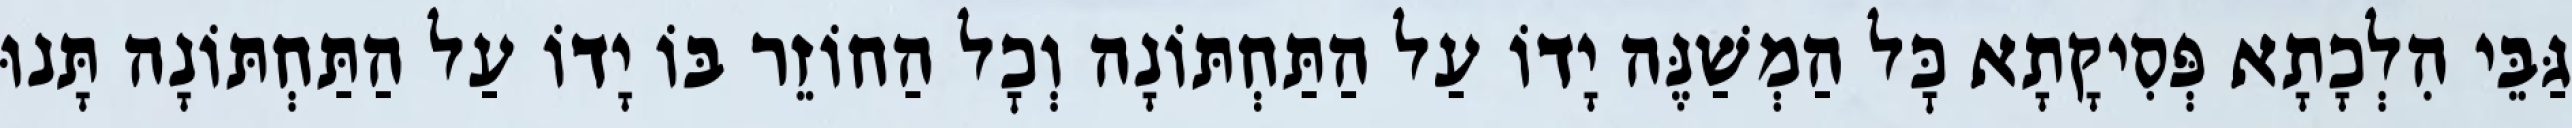
גַּבֵּי הִלְכָתָא פְּסִיקָתָא כׇּל הַמְשַׁנֶּה יָדוֹ עַל הַתַּחְתּוֹנָה וְכׇל הַחוֹזֵר בּוֹ יָדוֹ עַל הַתַּחְתּוֹנָה תָּנוּ